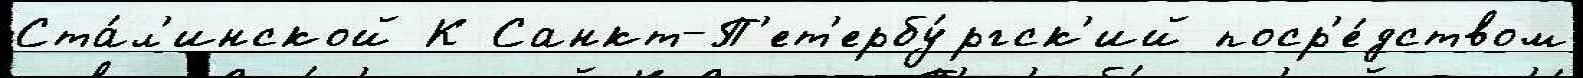
Ста́л'инской К Санкт-П'ет'ербу́ргск'ий поср'е́дством